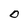
Character: O